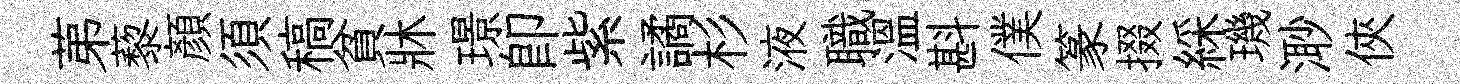
苐藜顔須稿貧牀璟即紫譎杉液職温斟僕篆掇綵璣𣺌俠